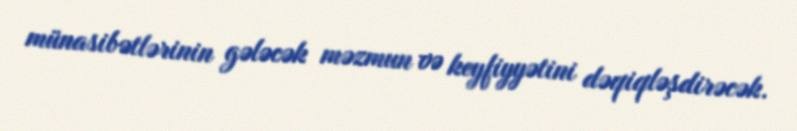
münasibətlərinin gələcək məzmun və keyfiyyətini dəqiqləşdirəcək.